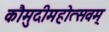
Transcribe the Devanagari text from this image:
कौमुदीमहोत्सवम्